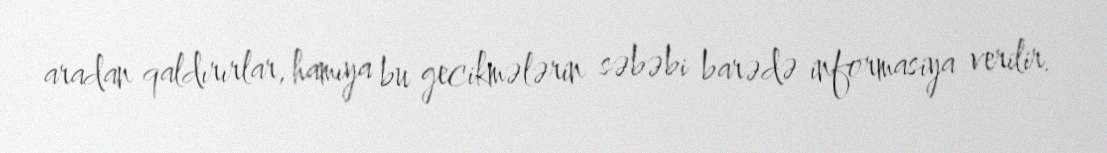
aradan qaldırırlar, hamıya bu gecikmələrin səbəbi barədə informasiya verilir.